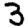
Digit: 3